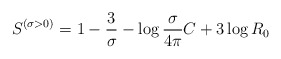
\begin{align*}S^{\left( {\sigma >0} \right)}=1-{3 \over \sigma }-\log {\sigma \over{4\pi }}C+3 \log R_0\end{align*}